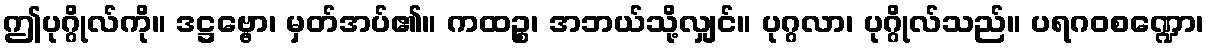
ဤပုဂ္ဂိုလ်ကို။ ဒဋ္ဌဗ္ဗော၊ မှတ်အပ်၏။ ကထဉ္စ၊ အဘယ်သို့လျှင်။ ပုဂ္ဂလာ၊ ပုဂ္ဂိုလ်သည်။ ပရဂဝစဏ္ဍော၊